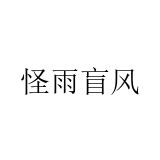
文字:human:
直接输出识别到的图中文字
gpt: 怪雨盲风